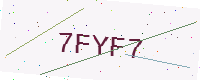
Text: 7FYF7